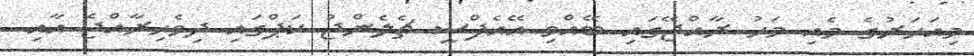
މިއަހަރުގެ މެއި މަހު ރާއްޖޭގައި ބޭއްވި އޭއެފްސީ ޗެލެންޖު ކަޕްގައި ދިވެހިރާއްޖެ އާއި